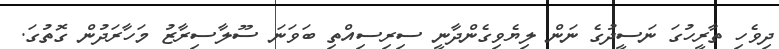
ދިވެހި ތާރީހުގަ ނަަސީދުގެ ނަން ލިޔެވިގެންދާނީ ސިރިސިއްތި ބަވަނަ ސޫލާސިރާޒު މަހާރަދުން ގޮތުގަ.